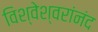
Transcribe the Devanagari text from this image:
विश्वेश्वरांनंद